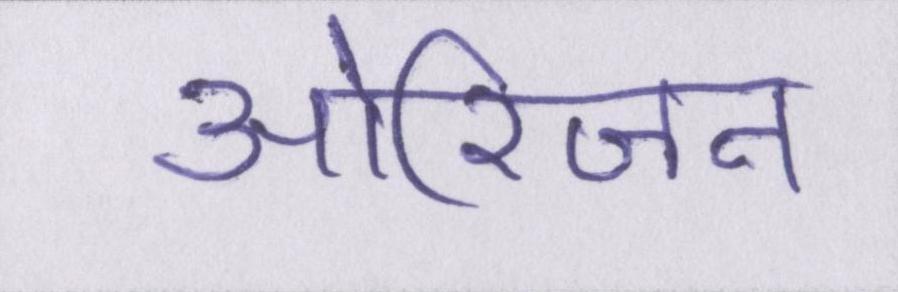
ओरिजन